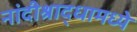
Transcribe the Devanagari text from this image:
नांदीश्राद्धामध्ये